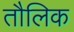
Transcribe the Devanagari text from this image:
तौलिक